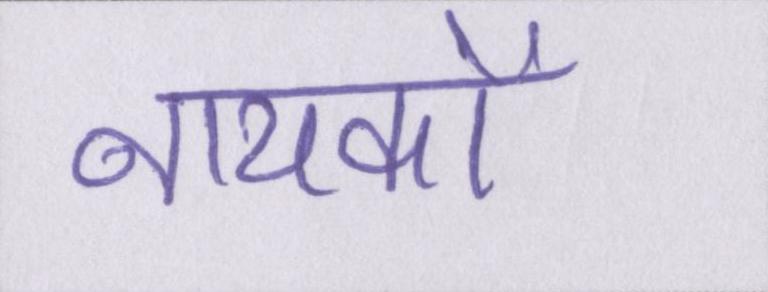
नायकों